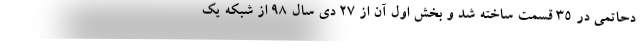
دحاتمی در ۳۵ قسمت ساخته شد و بخش اول آن از ۲۷ دی سال ۹۸ از شبکه یک